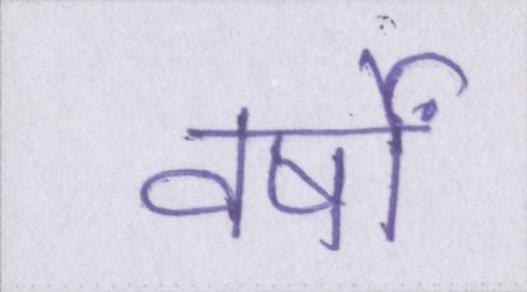
वर्षों